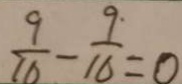
\frac { 9 } { 1 6 } - \frac { 9 \cdot } { 1 6 } = 0